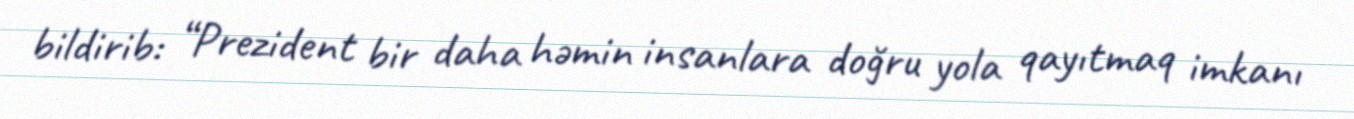
bildirib: “Prezident bir daha həmin insanlara doğru yola qayıtmaq imkanı